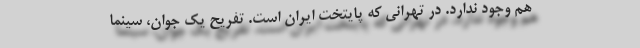
هم وجود ندارد. در تهرانی که پایتخت ایران است. تفریح یک جوان، سینما